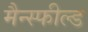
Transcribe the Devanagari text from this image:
मैन्स्फील्ड